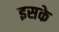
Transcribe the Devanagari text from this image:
इसके